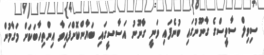
ސިވިލް ސާވީސްގެ ގާނޫނުގައި ބުނެފައި ވަނީ ގާނޫނު އަސާސީގައި ބަޔާންކޮށްފައިވާ އިންތިހާބަކަށް މަގާމުން